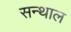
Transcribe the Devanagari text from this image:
सन्थाल